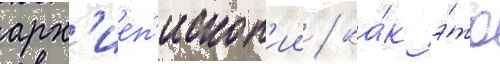
арх'иеп'ископ'ии / ка́к э́то